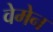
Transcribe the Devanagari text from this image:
वेमेन